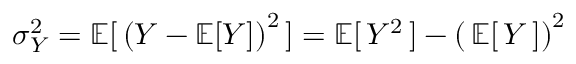
\sigma _ { Y } ^ { 2 } = \operatorname { \mathbb { E } } [ \, \left( Y - \operatorname { \mathbb { E } } [ Y ] \right) ^ { 2 } \, ] = \operatorname { \mathbb { E } } [ \, Y ^ { 2 } \, ] - \left( \, \operatorname { \mathbb { E } } [ \, Y \, ] \right) ^ { 2 }